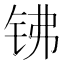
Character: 𰽱